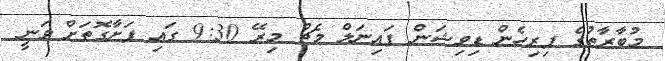
މުބާރާތުގެ ފިރިހެން ޑިވިޝަން ފައިނަލް މެޗް މިރޭ 9:30 ގައި ފަށާގޮތަށް ވަނީ